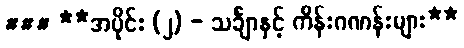
### **အပိုင်း (၂) - သင်္ချာနှင့် ကိန်းဂဏန်းများ**